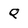
Character: Q